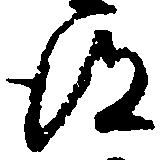
得